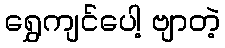
ရွှေကျင်ပေါ့ ဗျာတဲ့